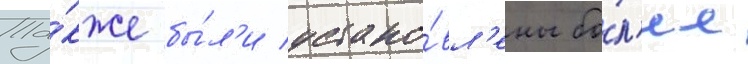
Та́кже бы́л'и устано́вл'ены бо́л'ее